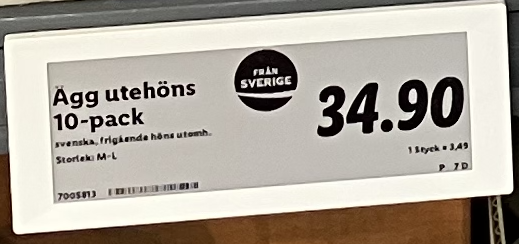
Vara: Ägg utehöns 10-pack
Genomsnittspris: 3.49 per st